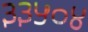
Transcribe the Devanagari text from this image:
३३५०४